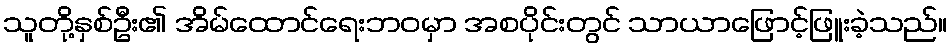
သူတို့နှစ်ဦး၏ အိမ်ထောင်ရေးဘဝမှာ အစပိုင်းတွင် သာယာဖြောင့်ဖြူးခဲ့သည်။